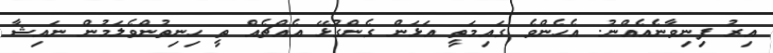
އިރު ފިނިވާނެއެއްނު. އެހެންވެ ގައިމަތީ އަޅަން ގެންގުޅޭ އެއްޗެއް ތީ ހިނިތުންވެލަމުން ނައިޝާ